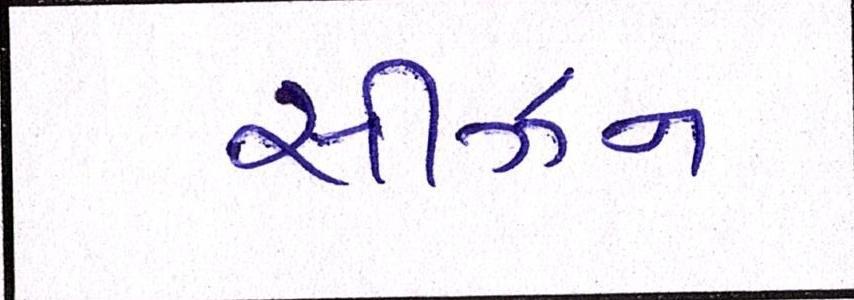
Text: સીઝન